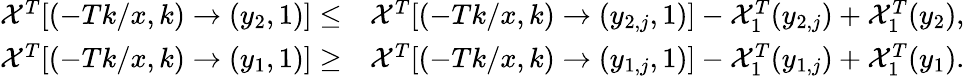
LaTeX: \begin{array}{rl}{\mathcal{X}^{T}[(-Tk/x,k)\to(y_{2},1)]\leq}&{\mathcal{X}^{T}[(-Tk/x,k)\to(y_{2,j},1)]-\mathcal{X}_{1}^{T}(y_{2,j})+\mathcal{X}_{1}^{T}(y_{2}),}\\ {\mathcal{X}^{T}[(-Tk/x,k)\to(y_{1},1)]\geq}&{\mathcal{X}^{T}[(-Tk/x,k)\to(y_{1,j},1)]-\mathcal{X}_{1}^{T}(y_{1,j})+\mathcal{X}_{1}^{T}(y_{1}).}\end{array}